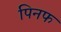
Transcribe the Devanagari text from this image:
पिनफ